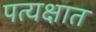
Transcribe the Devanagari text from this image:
पत्यक्षात